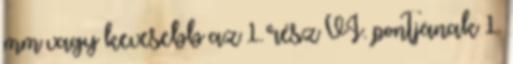
mm vagy kevesebb az 1. rész VI. pontjának 1.